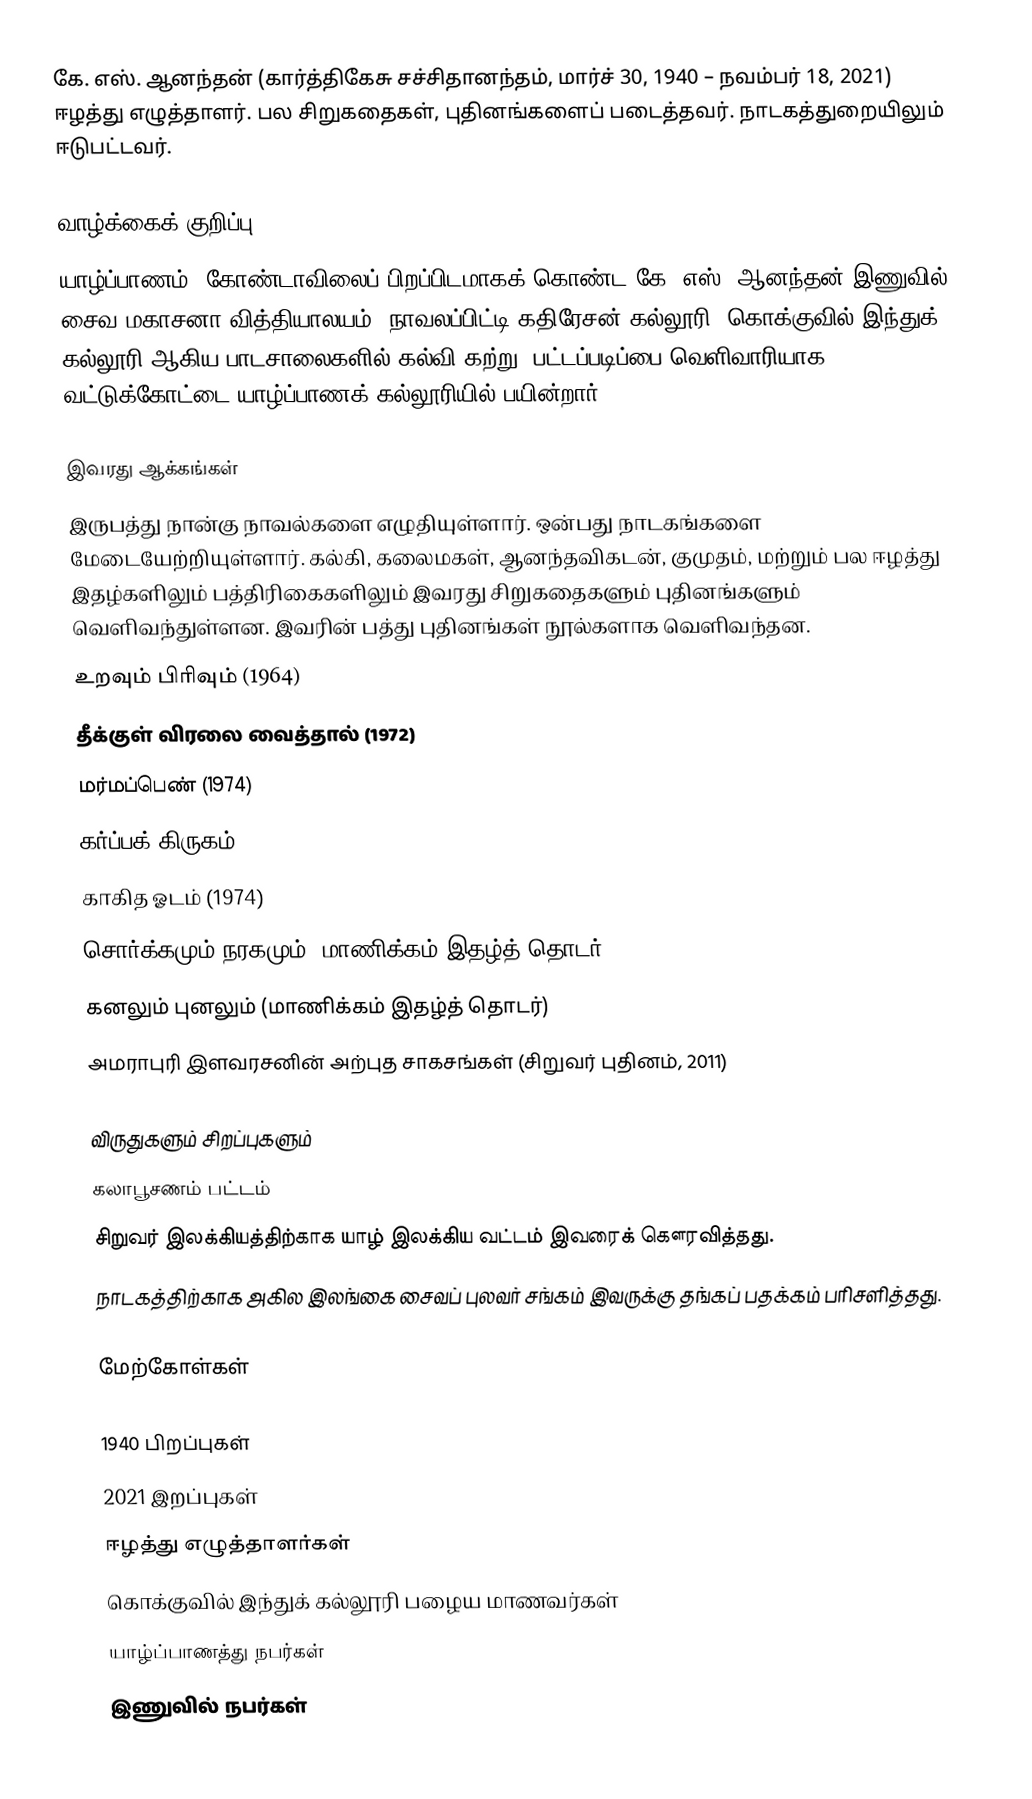
கே. எஸ். ஆனந்தன் (கார்த்திகேசு சச்சிதானந்தம், மார்ச் 30, 1940 – நவம்பர் 18, 2021) ஈழத்து எழுத்தாளர். பல சிறுகதைகள், புதினங்களைப் படைத்தவர். நாடகத்துறையிலும் ஈடுபட்டவர்.

வாழ்க்கைக் குறிப்பு
யாழ்ப்பாணம், கோண்டாவிலைப் பிறப்பிடமாகக் கொண்ட கே. எஸ். ஆனந்தன் இணுவில் சைவ மகாசனா வித்தியாலயம், நாவலப்பிட்டி கதிரேசன் கல்லூரி, கொக்குவில் இந்துக் கல்லூரி ஆகிய பாடசாலைகளில் கல்வி கற்று, பட்டப்படிப்பை வெளிவாரியாக வட்டுக்கோட்டை யாழ்ப்பாணக் கல்லூரியில் பயின்றார்.

இவரது ஆக்கங்கள்
இருபத்து நான்கு நாவல்களை எழுதியுள்ளார். ஒன்பது நாடகங்களை மேடையேற்றியுள்ளார். கல்கி, கலைமகள், ஆனந்தவிகடன், குமுதம், மற்றும் பல ஈழத்து இதழ்களிலும் பத்திரிகைகளிலும் இவரது சிறுகதைகளும் புதினங்களும் வெளிவந்துள்ளன. இவரின் பத்து புதினங்கள் நூல்களாக வெளிவந்தன.
 உறவும் பிரிவும் (1964)
 தீக்குள் விரலை வைத்தால் (1972)
 மர்மப்பெண் (1974)
 கர்ப்பக் கிருகம் (1974)
 காகித ஓடம் (1974)
 சொர்க்கமும் நரகமும் (மாணிக்கம் இதழ்த் தொடர்)
 கனலும் புனலும் (மாணிக்கம் இதழ்த் தொடர்)
 அமராபுரி இளவரசனின் அற்புத சாகசங்கள் (சிறுவர் புதினம், 2011)

விருதுகளும் சிறப்புகளும்
கலாபூசணம் பட்டம்
சிறுவர் இலக்கியத்திற்காக யாழ் இலக்கிய வட்டம் இவரைக் கௌரவித்தது.
நாடகத்திற்காக அகில இலங்கை சைவப் புலவர் சங்கம் இவருக்கு தங்கப் பதக்கம் பரிசளித்தது.

மேற்கோள்கள்

1940 பிறப்புகள்
2021 இறப்புகள்
ஈழத்து எழுத்தாளர்கள்
கொக்குவில் இந்துக் கல்லூரி பழைய மாணவர்கள்
யாழ்ப்பாணத்து நபர்கள்
இணுவில் நபர்கள்